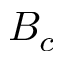
B _ { c }